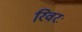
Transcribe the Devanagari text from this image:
रिवरः